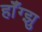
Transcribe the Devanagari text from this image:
हॉँग्झु